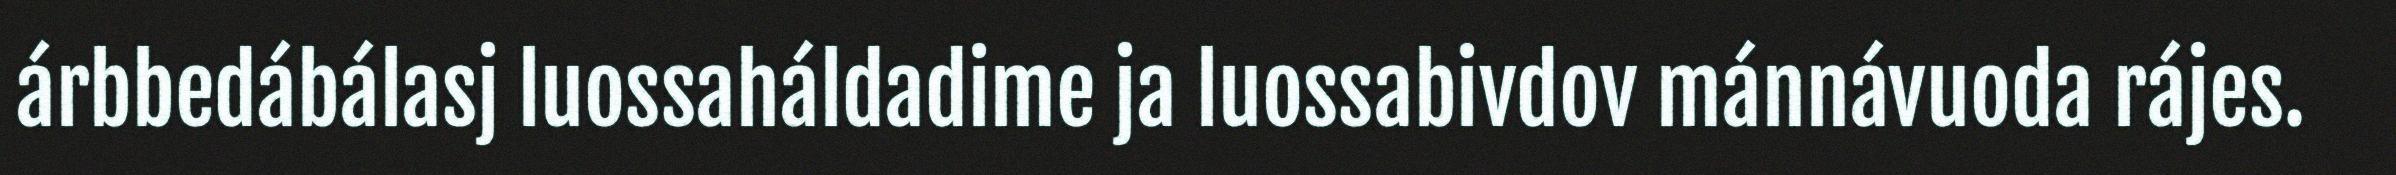
árbbedábálasj luossaháldadime ja luossabivdov mánnávuoda rájes.